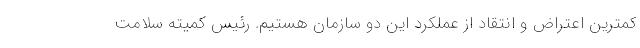
کمترین اعتراض و انتقاد از عملکرد این دو سازمان هستیم. رئیس کمیته سلامت